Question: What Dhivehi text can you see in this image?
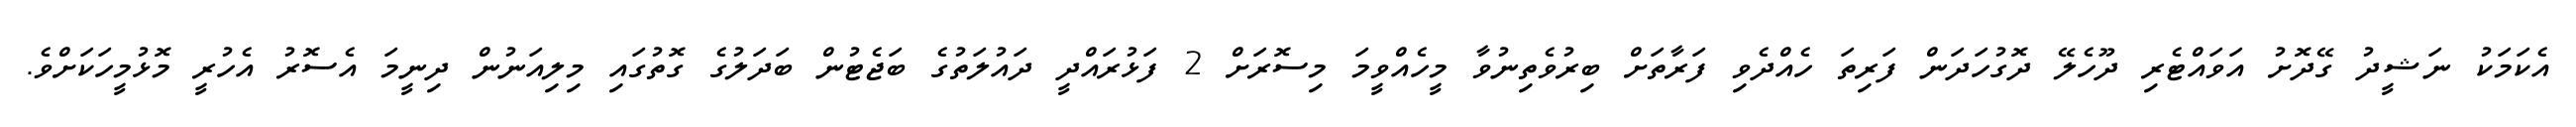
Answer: އެކަމަކު ނަޝީދު ގޭދޮށު އަވައްޓެރި ދޫހެލޭ ދޮގުހަދަން ފަރިތަ ހެއްދެވި ފަރާތަށް ބިރުވެތިނުވާ މީހެއްވީމަ މިސޮރަށް 2 ފަޅުރައްދީ ދައުލަތުގެ ބަޖެޓުން ބަދަލުގެ ގޮތުގައި މިލިއަނުން ދިނީމަ އެސޮރު އެހުރީ މޮޅުމީހަކަށްވެ.